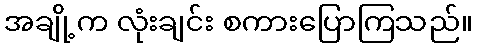
အချို့က လုံးချင်း စကားပြောကြသည်။